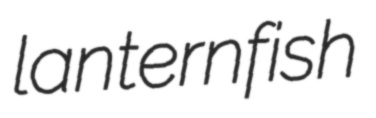
lanternfish